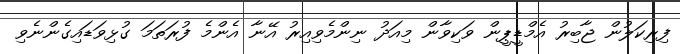
ފިރިކަލުން ޖާބިރު އެމްޑީޕީން ވަކިވާން މިއަދު ނިންމެވިއިރު އޭނާ އެންމެ ފުރަތަމަ ގުޅިވަޑައިގެންނެވި